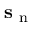
{ \mathbf { s } } _ { \mathrm { ~ n ~ } }